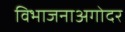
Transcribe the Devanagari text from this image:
विभाजनाअगोदर